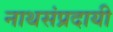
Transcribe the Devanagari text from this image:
नाथसंप्रदायी